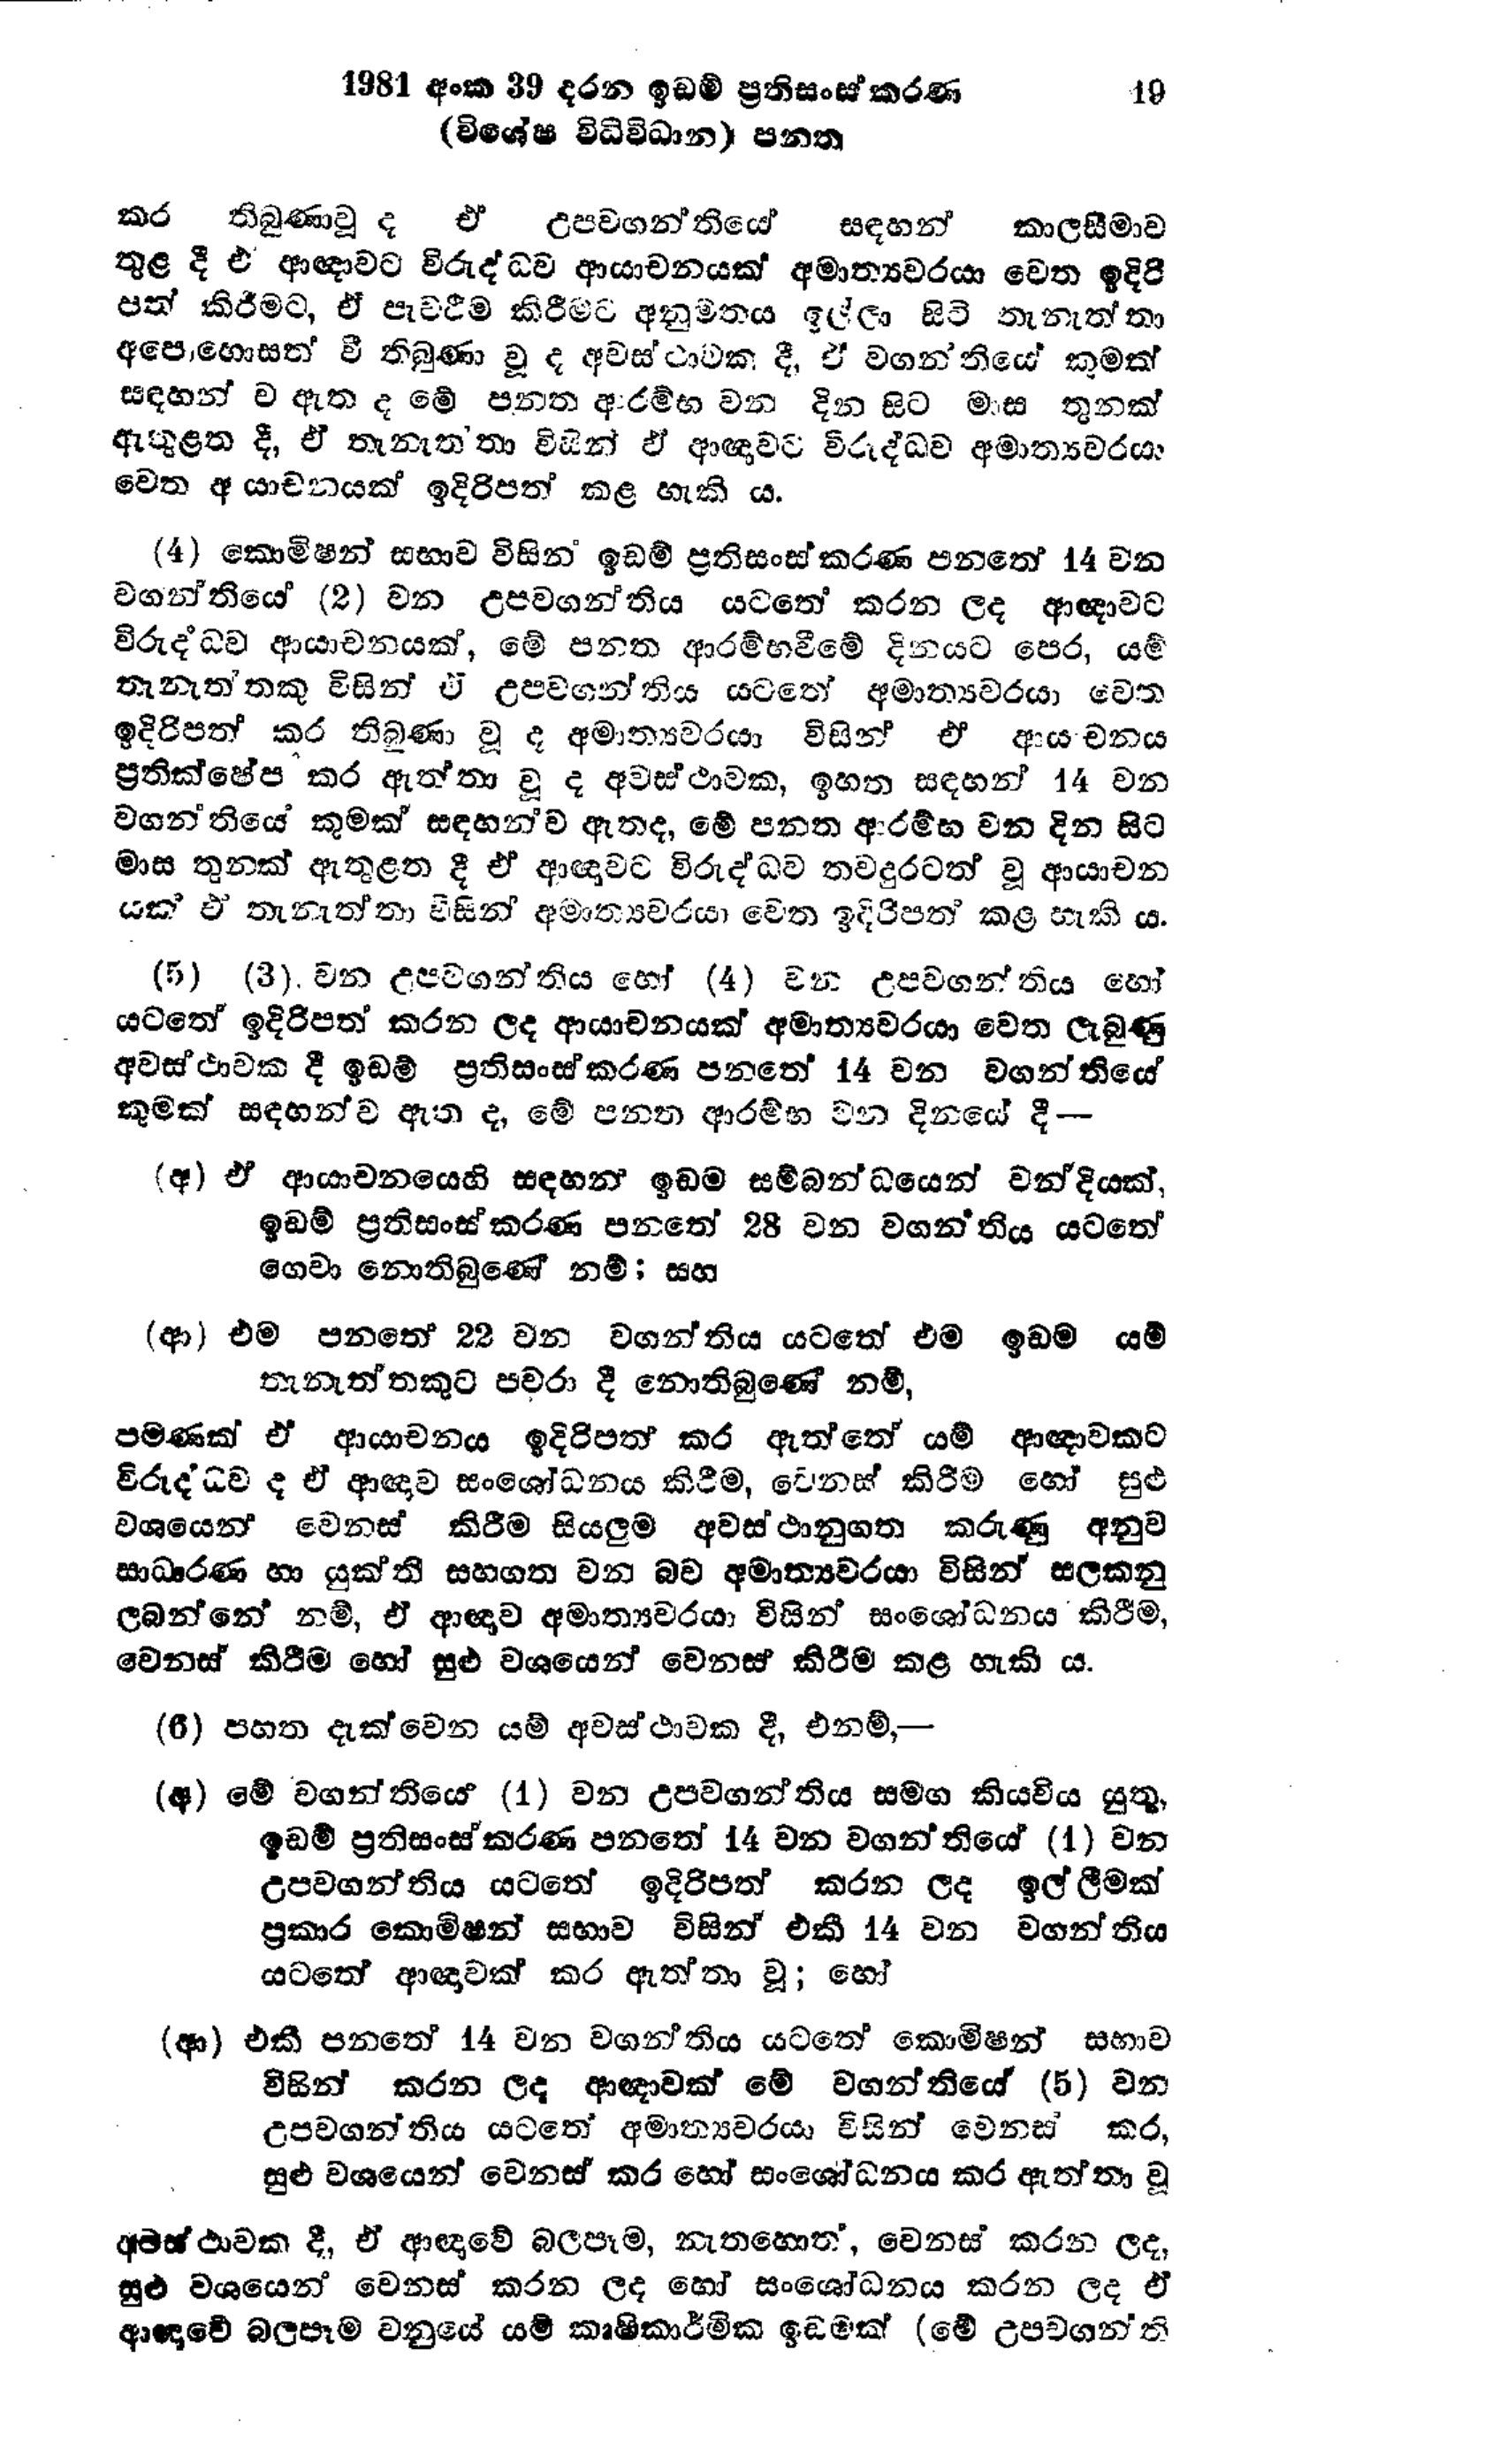
1981 අංක 39 දරන ඉඩම් ප්‍රතිසංස්කරණ		19
(විශේෂ විධිවිධාන) පනත

කර තිබුණා වූ ද ඒ උපවගන්තියේ සඳහන් කාලසීමාව
තුළ දී එ ආඥාවට විරුද්ද්ධව ආයාචනයක් අමාත්‍යවරයා වෙත ඉදිරි
පත් කිරීමට, ඒ පැවරීම කිරීමට අනුමතය ඉල්ලා සිටි තැනැත්තා
අපොහොසත් වී තිබුණා වූ ද අවස්ථාවක දී, ඒ වගන්තියේ කුමක්
සඳහන්ව ඇත ද මේ පනත ආරම්භ වන දින සිට මාස තුනක්
ඇතුළත දී, ඒ තැනැත්තා විසින් ඒ ආඥාවට විරුද්ධව අමාත්‍යවරයා
වෙත ආයාචනයක් ඉදිරිපත් කළ හැකි ය.

(4) කොමිෂන් සභාව විසින් ඉඩම් ප්‍රතිසංස්කරණ පනතේ 14 වන
වගන්තියේ (2) වන උපවගන්තිය යටතේ කරන ලද ආඥාවට
විරුද්ධව ආයාචනයක්, මේ පනත ආරම්භ වීමේ දිනයට පෙර, යම්
තැනැත්තකු විසින් ඒ උපවගන්තිය යටතේ අමාත්‍යවරයා වෙත
ඉදිරිපත් කර තිබුණා වූ ද අමාත්‍යවරයා විසින් ඒ ආ‍යාචනය
ප්‍රතික්ෂේප කර ඇත්තා වූ ද අවස්ථාවක, ඉහත සඳහන් 14 වන
වගන්තියේ කුමක් සඳහන්ව ඇතද, මේ පනත ආරම්භ වන දින සිට
මාස තුනක් ඇතුළත දී ඒ ආඥාවට විරුද්ධව තවදුරටත් වූ ආයාචන
යක් ඒ තැනැත්තා විසින් අමාත්‍යවරයා වෙත ඉදිරිපත් කළ හැකි ය.

(5) (3) වන උපවගන්තිය හෝ (4) වන උපවගන්තිය හෝ
යටතේ ඉදිරිපත් කරන ලද ආයාචනයක් අමාත්‍යවරයා වෙත ලැබුණු
අවස්ථාවක දී ඉඩම් ප්‍රතිසංස්කරණ පනතේ 14 වන වගන්තියේ
කුමක් සඳහන්ව ඇත ද, මේ පනත ආරම්භ වන දිනයේ දී-

(අ) ඒ ආයාචනයෙහි සඳහන් ඉඩම සම්බන්ධයෙන් වන්දියක්
ඉඩම් ප්‍රතිසංස්කරණ පනතේ 28 වන වගන්තිය යටතේ
ගෙවා නොතිබුණේ නම්; සහ

(ආ) එම පනතේ 22 වන වගන්තිය යටතේ එම ඉඩම යම්
තැනැත්තකුට පවරා දී නොතිබුණේ නම්,

පමණක් ඒ ආයාචනය ඉදිරිපත් කර ඇත්තේ යම් ආඥාවකට
විරුද්ධවද ඒ ආඥාව සංශෝධනය කිරීම, වෙනස් කිරීම හෝ සුළු
වශයෙන් වෙනස් කිරීම සියලුම අවස්ථානුගත කරුණු අනුව
සාධාරණ හා යුක්ති සහගත වන බව අමාත්‍යවරයා විසින් සලකනු
ලබන්නේ නම්, ඒ ආඥාව අමාත්‍යවරයා විසින් සංශෝධනය කිරීම,
වෙනස් කිරීම හෝ සුළු වශයෙන් වෙනස් කිරීම කළ හැකි ය.

(6) පහත දැක්වෙන යම් අවස්ථාවක දී, එනම්,—

(අ) මේ වගන්තියේ (1) වන උපවගන්තිය සමග කියවිය යුතු,
ඉඩම් ප්‍රතිසංස්කරණ පනතේ 14 වන වගන්තියේ (1) වන
උපවගන්තිය යටතේ ඉදිරිපත් කරන ලද ඉල්ලීමක්
ප්‍රකාර කොමිෂන් සභාව විසින් එකී 14 වන වගන්තිය
යටතේ ආඥාවක් කර ඇත්තා වූ; හෝ

(ආ) එකී පනතේ 14 වන වගන්තිය යටතේ කොමිෂන් සභාව
විසින් කරන ලද ආඥාවක් මේ වගන්තියේ (5) වන
උපවගන්තිය යටතේ අමාත්‍යවරයා විසින් වෙනස් කර,
සුළු වශයෙන් වෙනස් කර හෝ සංශෝධනය කර ඇත්තා වූ

අවස්ථාවක දී, ඒ ආඥාවේ බලපෑම, නැතහොත්, වෙනස් කරන ලද,
සුළු වශයෙන් වෙනස් කරන ලද හෝ සංශෝධනය කරන ලද ඒ
ආඥාවේ බලපෑම වනුයේ යම් කෘෂිකාර්මික ඉඩමක් (මේ උපවගන්ති